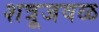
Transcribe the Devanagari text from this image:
शत्रूजवळ